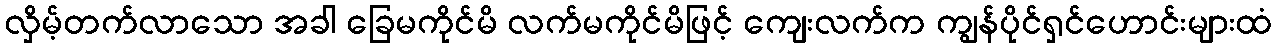
လှိမ့်တက်လာသော အခါ ခြေမကိုင်မိ လက်မကိုင်မိဖြင့် ကျေးလက်က ကျွန်ပိုင်ရှင်ဟောင်းများထံ